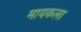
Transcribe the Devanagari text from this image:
मायकला